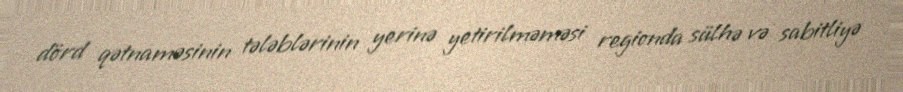
dörd qətnaməsinin tələblərinin yerinə yetirilməməsi regionda sülhə və sabitliyə